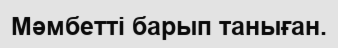
Мәмбетті барып таныған.